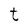
Character: t